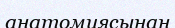
анатомиясынан